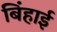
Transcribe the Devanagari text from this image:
बिंहाई